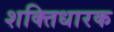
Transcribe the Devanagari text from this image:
शक्तिधारक